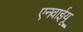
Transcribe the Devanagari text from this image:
एनवाईयू